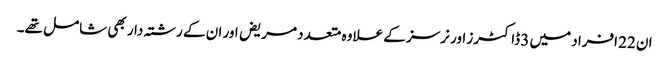
ان 22 افراد میں 3 ڈاکٹرز اور نرسز کے علاوہ متعدد مریض اور ان کے رشتہ دار بھی شامل تھے۔